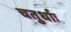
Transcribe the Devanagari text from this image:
चतुर्धाः